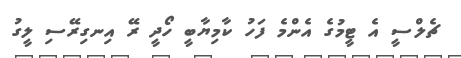
ޗެލްސީ އެ ޓީމުގެ އެންމެ ފަހު ކާމިޔާބީ ހޯދީ ރޭ އިނގިރޭސި ލީގު